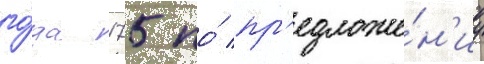
го́да 175 по́ пр'едложе́н'иу